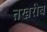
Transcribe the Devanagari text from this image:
तखरीब